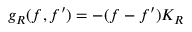
g _ { R } ( f , f ^ { \prime } ) = - ( f - f ^ { \prime } ) K _ { R }